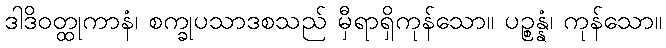
ဒါဒိဝတ္ထုကာနံ၊ စက္ခုပသာဒစသည် မှီရာရှိကုန်သော။ ပဉ္စန္နံ၊ ကုန်သော။